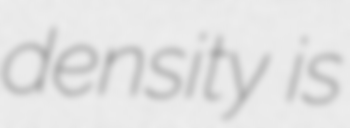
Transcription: density is